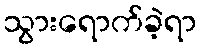
သွားရောက်ခဲ့ရာ